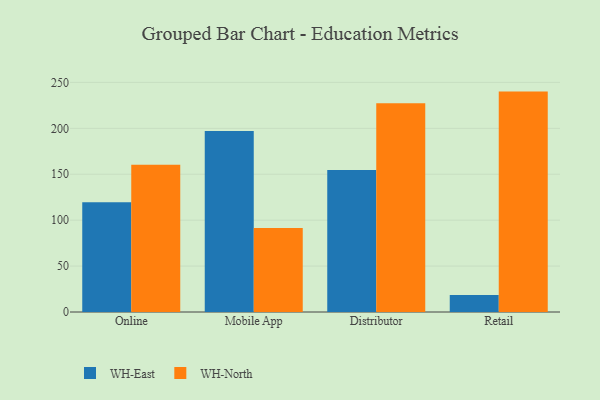
{"axis": {"x": "Channel", "y": "Shipments"}, "legend": ["WH-East", "WH-North"], "data": [{"x": "Online", "y": 119.4, "type": "WH-East"}, {"x": "Online", "y": 160.3, "type": "WH-North"}, {"x": "Mobile App", "y": 197.0, "type": "WH-East"}, {"x": "Mobile App", "y": 91.4, "type": "WH-North"}, {"x": "Distributor", "y": 154.6, "type": "WH-East"}, {"x": "Distributor", "y": 227.2, "type": "WH-North"}, {"x": "Retail", "y": 18.6, "type": "WH-East"}, {"x": "Retail", "y": 240.0, "type": "WH-North"}]}